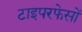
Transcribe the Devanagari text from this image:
टाइपरफेसों